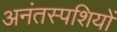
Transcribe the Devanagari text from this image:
अनंतस्पशियों